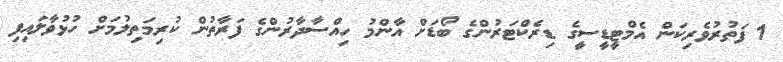
1 ފަތުރުވެރިކަން އެމްޓީޑީސީގެ ޑިރެކްޓަރުންގެ ބޯޑަށް އާންމު ހިއްސާދާރުންގެ ފަރާތުން ކުރިމަތިލުމަށް ހުޅުވާލައިފި